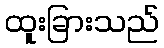
ထူးခြားသည်